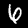
Digit: 6